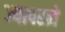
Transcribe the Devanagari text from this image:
ज्यापरत्वे